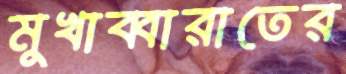
মুখাব্বারাতের